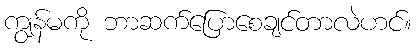
ကျွန်မကို ဘာဆက်ပြောစေချင်တာလဲဟင်။